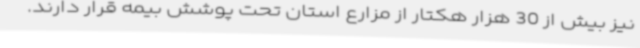
نیز بیش از 30 هزار هکتار از مزارع استان تحت پوشش بیمه قرار دارند.